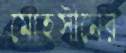
মোহসীনের